Annual administration report of the Civil Veterinary Department of India - 1898-1899
Year: 1898
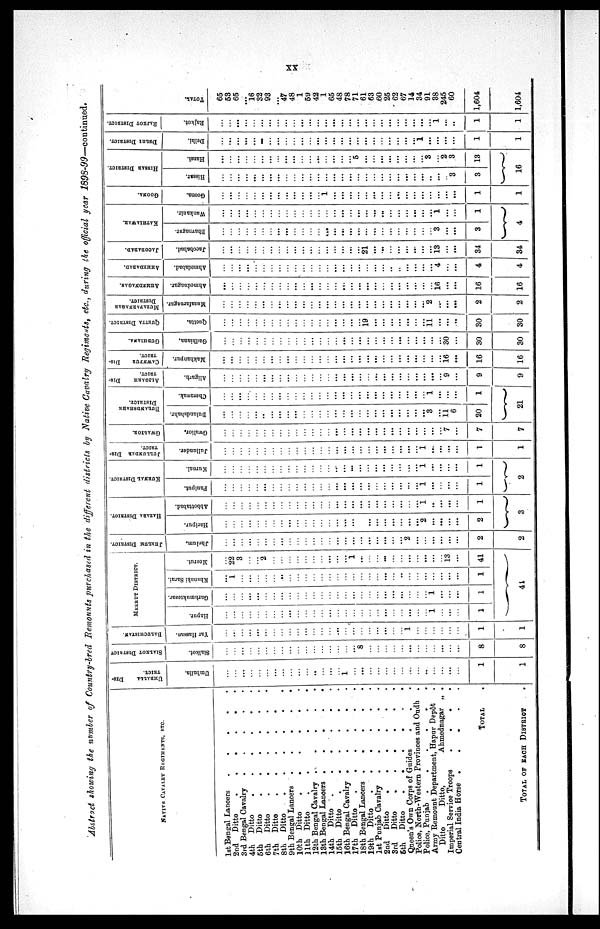
xx
Abstract showing the number of Country-bred Remounts purchased in the different districts by Native Cavalry Regiments, etc., during the official year 1898-99—continued.
NATIVE CAVALRY
REGIMENTS,
ETC.
1st Bengal Lancers . . . . .
2nd Ditto
.
.
.
.
.
3rd Bengal Cavalry . . . . .
4th Ditto
.
.
.
.
.
5th Ditto
.
.
.
.
.
6th Ditto
.
.
.
.
.
7th Ditto
.
.
.
.
.
8th Ditto
.
.
.
.
.
9th Bengal Lancers
.
.
.
.
.
10th Ditto
.
.
.
.
.
11th Ditto
.
.
.
.
.
12th Bengal Cavalry . . . . .
13th Bengal Lancers
.
.
.
.
.
14th Ditto
.
.
.
.
.
15th Ditto
.
.
.
.
.
16th Bengal Cavalry
.
.
.
.
.
17th Ditto
.
.
.
.
.
18th Bengal Lancers
.
.
.
.
.
19th Ditto . . . . .
1st Punjab Cavalry
.
.
.
.
.
2nd Ditto
.
.
.
.
.
3rd Ditto
.
.
.
.
.
5th
Ditto
.
.
.
.
.
Queen's Own Corps of Guides . . . . .
Police, North-Western Provinces and Oudh .
Police, Punjab
.
.
.
.
.
Army Remount Department, Hapur Depôt .
Ditto
Ditto,
Ahmednagar „ .
Imperial Service Troops
.
.
.
.
.
Central India Horse
.
.
.
.
.
TOTAL .
TOTAL OF EACH DISTRICT .
UMBALLA
DIS-
TRICT.
Umballa.
...
...
...
...
...
...
...
...
...
...
...
..
...
...
...
1
...
...
...
...
...
...
...
...
...
..
...
...
...
...
1
1
SIALKOT DISTRICT
Sialkot.
...
...
...
...
...
...
...
...
...
...
...
...
...
...
...
...
...
8
...
...
...
...
...
...
...
...
...
...
...
...
8
8
BALUCHISTAN.
Yar Hassan.
...
...
...
...
...
...
...
...
...
...
...
...
...
...
...
...
...
...
...
...
...
...
...
...
...
...
...
...
...
...
1
1
MEERUT DISTRICT.
Hapur.
...
...
...
...
...
...
...
...
...
...
...
...
...
...
...
...
...
...
...
...
...
...
...
...
...
...
1
...
...
1
Garhmuktesar.
...
...
...
...
...
...
...
...
...
...
...
...
...
...
...
...
...
...
...
...
...
...
...
...
...
...
1
...
...
1
Khunaki Sarai.
...
1
...
...
...
...
...
...
...
...
...
...
...
...
...
...
...
...
...
...
...
...
...
...
...
...
...
...
...
...
1
Meerut.
...
22
3
...
...
2
...
...
...
...
...
...
...
...
...
...
1
...
...
...
...
...
...
...
...
...
...
...
13
...
41
41
JHELUM DISTRICT.
Jhelum,
...
...
...
...
...
...
...
...
...
...
...
...
...
...
...
...
...
...
...
...
...
...
...
2
...
...
...
...
...
...
2
2
HAZARA DISTRICT.
Haripur.
...
...
...
...
...
...
...
...
...
...
...
...
...
...
...
...
...
...
...
...
...
...
...
...
...
...
...
...
...
...
2
Abbottabad.
...
...
...
...
...
...
...
...
...
...
...
...
...
...
...
...
...
...
...
...
...
...
...
...
...
1
...
...
...
...
1
3
KURNAL DISTRICT.
Paniput.
...
...
...
...
...
...
...
...
...
...
...
...
...
...
...
...
...
...
...
...
...
...
...
...
...
...
...
...
...
...
1
Kurnal.
...
...
...
...
...
...
...
...
...
...
...
...
...
...
...
...
...
...
...
...
...
...
...
...
...
1
...
...
...
...
1
2
JULLUNDER DIS¬
TRICT
Jullunder.
...
...
...
...
...
...
...
...
...
...
...
...
...
...
...
...
...
...
...
...
...
...
...
...
...
1
...
...
...
...
1
1
GWALIOR.
Gwalior,
...
...
...
...
...
...
...
...
...
...
...
...
...
...
...
...
...
...
...
...
...
...
...
...
...
...
...
...
7
...
7
7
BULANDSHAHR
DISTRICT
Bulandshahr.
...
...
...
...
...
...
...
...
...
...
...
...
...
...
...
...
...
...
...
...
...
...
...
...
...
...
3
...
11
6
20
Cherawak.
...
...
...
...
...
...
...
...
...
...
...
...
...
...
...
...
...
...
...
...
...
...
...
...
...
...
1
...
...
...
1
21
ALIGARH
DIS¬
TRICT
Aligarh.
...
...
...
...
...
...
...
...
...
...
...
...
...
...
...
...
...
...
...
...
...
...
...
...
...
...
...
...
9
...
9
9
CAWNPUR
DIS¬
TRICT
Makhanpur.
...
...
...
...
...
...
...
...
...
...
...
...
...
...
...
...
...
...
...
...
...
...
...
...
...
...
...
...
16
...
16
16
GUDHIANA.
Gudhiana.
...
...
...
...
...
...
...
...
...
...
...
...
...
...
...
...
...
...
...
...
...
...
...
...
...
...
...
...
30
...
30
30
QUETTA DISTRICT.
Quetta.
...
...
...
...
...
...
...
...
...
...
...
...
...
...
...
...
...
...
19
...
...
...
...
...
...
...
11
...
...
...
30
30
MUZAFARNAGAR
DISTRICT.
Muzafarnagar.
...
...
...
...
...
...
...
...
...
...
...
...
...
...
...
...
...
...
...
...
...
...
...
...
...
...
2
...
...
...
2
2
AHMEDNAGAR.
Ahmednagar.
...
...
...
...
...
...
...
...
...
...
...
...
...
...
...
...
...
...
...
...
...
...
...
...
...
...
...
16
...
...
16
16
AHMEDABAD.
Ahmedabad.
...
...
...
...
...
...
...
...
...
...
...
...
...
...
...
...
...
...
...
...
...
...
...
...
...
...
...
4
...
...
4
4
JACOBABAD.
Jacobabad.
...
...
...
...
...
...
...
...
...
...
...
...
...
...
...
...
...
...
21
...
...
...
...
...
...
...
...
13
...
...
34
34
KATHIAWAR.
Bhavnagar.
...
...
...
...
...
...
...
...
...
...
...
...
...
...
...
...
...
...
...
...
...
...
...
...
...
...
...
3
...
...
3
Wankanir.
...
...
...
...
...
...
...
...
...
...
...
...
...
...
...
...
...
...
...
...
...
...
...
...
...
...
...
1
...
...
1
4
GOONA.
Goona.
...
...
...
...
...
...
...
...
...
...
...
...
...
1
...
...
...
...
...
...
...
...
...
...
...
...
...
...
...
...
1
1
HISSAR DISTRICT.
Hissar.
...
...
...
...
...
...
...
...
...
...
... ...
...
...
...
...
...
...
...
...
...
...
...
...
...
...
...
...
...
...
3
3
Hansi.
...
...
...
...
...
...
...
...
...
...
...
...
...
...
...
...
...
5
...
...
...
...
...
...
...
...
3
...
2
3
13
16
DELHI DISTRICT.
Delhi.
...
...
...
...
...
...
...
...
...
...
...
...
...
...
...
...
...
...
...
...
...
...
...
...
...
1
...
...
...
...
1
1
RAJKOT DISTRICT.
Rajkot.
...
...
...
...
...
...
...
...
...
...
...
...
...
...
...
...
...
...
...
...
...
...
...
...
...
...
...
1
...
...
1
1
TOTAL.
65
53
65
...
16
32
93
...
47
48
1
59
42
1
65
48
78
71
61
63
60
25
62
67
14
34
91
38
245
60
1,604
1,604